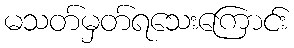
မသတ်မှတ်ရသေးကြောင်း